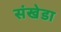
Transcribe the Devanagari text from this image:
संखेडा